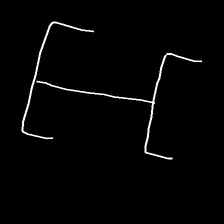
Glyph: entwine